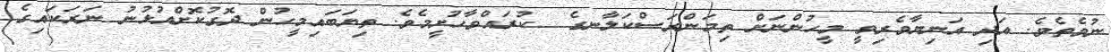
ނުވެތެވެ. އަދި އަނިޔާވެރިވީ މީހުންނަށް ތިމަންރަސްކަލާނގެ  ކުރައްވާހުށީމެވެ. ތިޔަބައިމީހުން ދޮގުކޮށްއުޅުނު ނަރަކައިގެ